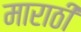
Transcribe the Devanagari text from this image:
माराठी